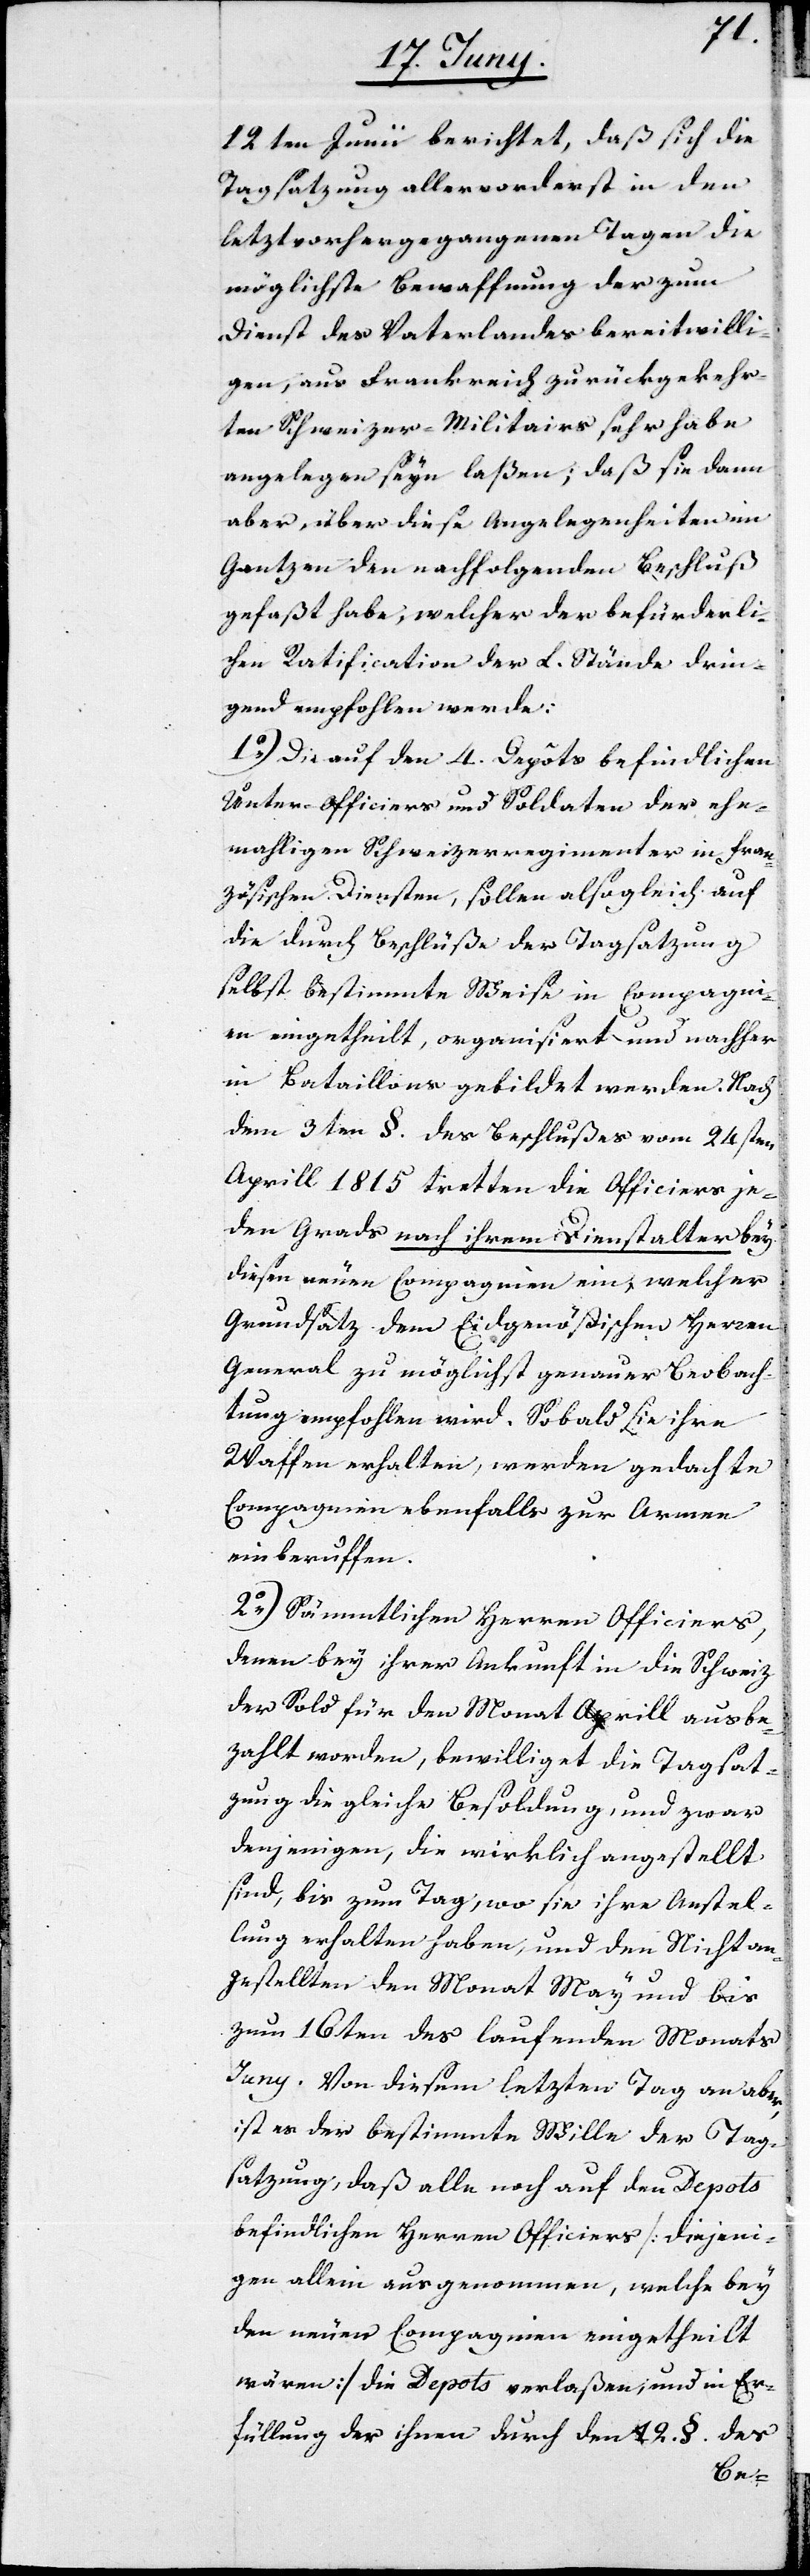
12ten Junii berichtet, daß sich die
Tagsatzung allervorderst in den
letztvorhergegangenen Tagen die
möglichste Bewaffnung der zum
Dienst des Vaterlandes bereitwilli¬
gen, aus Frankreich zurückgekehr¬
ten Schweizer-Militairs sehr habe
angelegen seyn laßen; daß sie dann
aber, über diese Angelegenheiten im
Gantzen den nachfolgenden Beschluß
gefaßt habe, welcher der befürderli¬
chen Ratification der L. Stände drin¬
gend empfohlen werde:
1o) Die auf den 4. Depots befindlichen
Unter-Officiere und Soldaten der ehe¬
maligen Schweitzerregimenter in Fran¬
zösischen Diensten, sollen alsogleich auf
die durch Beschlüße der Tagsatzung
selbst bestimmte Weise in Compagni¬
en eingetheilt, organisiert und nachher
in Bataillons gebildet werden. Nach
dem 3ten §. des Beschlußes vom 24sten
Aprill 1815 tretten die Officiers je¬
den Grads nach ihrem Dienstalter bey
diesen neuen Compagnien ein, welcher
Grundsatz dem Eidgenößischen Herren
General zu möglichst genauer Beobach¬
tung empfohlen wird. Sobald sie ihre
Waffen erhalten, werden gedachte
Compagnien ebenfalls zur Armee
einberuffen.
2o) Sämmtlichen Herren Officiers,
denen bey ihrer Ankunft in die Schweiz
der Sold für den Monat Aprill ausbe¬
zahlt worden, bewilliget die Tagsat¬
zung die gleiche Besoldung, und zwar
denjenigen, die wirklich angestellt
sind, bis zum Tag, wo sie ihre Anstel¬
lung erhalten haben, und den Nichtan¬
gestellten den Monat May und bis
zum 16ten des laufenden Monats
Juny. Von diesem letzten Tag an aber,
ist es der bestimmte Wille der Tag¬
satzung, daß alle noch auf den Depots
befindlichen Herren Officiers [diejeni¬
gen allein ausgenommen, welche bey
den neuen Compagnien eingetheilt
wären] die Depots verlaßen, und in Er¬
füllung der ihnen durch den 12. §. des